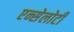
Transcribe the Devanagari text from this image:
एन्सेलोटी